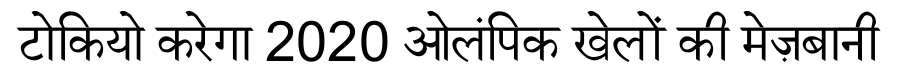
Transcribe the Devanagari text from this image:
टोकियो करेगा 2020 ओलंपिक खेलों की मेज़बानी